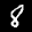
Label: 8